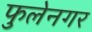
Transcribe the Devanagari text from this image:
फुलेनगर